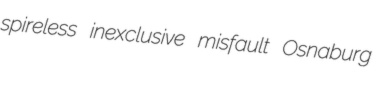
spireless inexclusive misfault Osnaburg